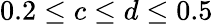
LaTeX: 0.2\leq c\leq d\leq 0.5